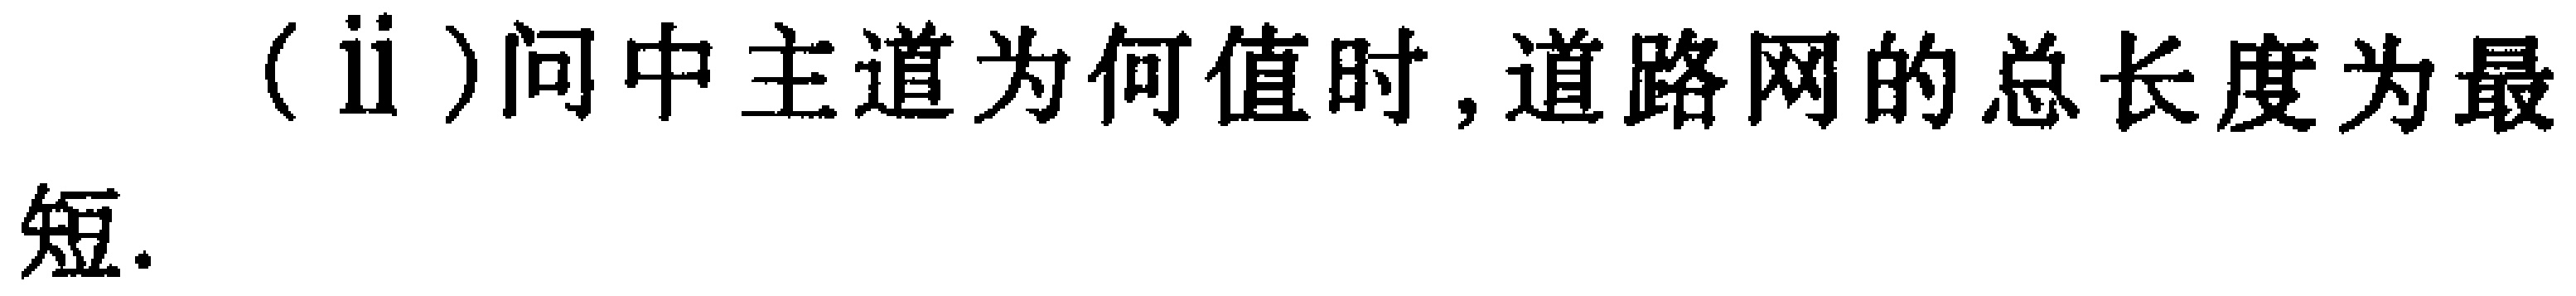
(ii) 问中主道为何值时, 道路网的总长度为最短.